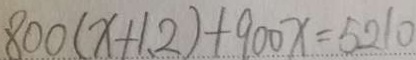
8 0 0 ( x + 1 . 2 ) + 9 0 0 x = 5 2 1 0